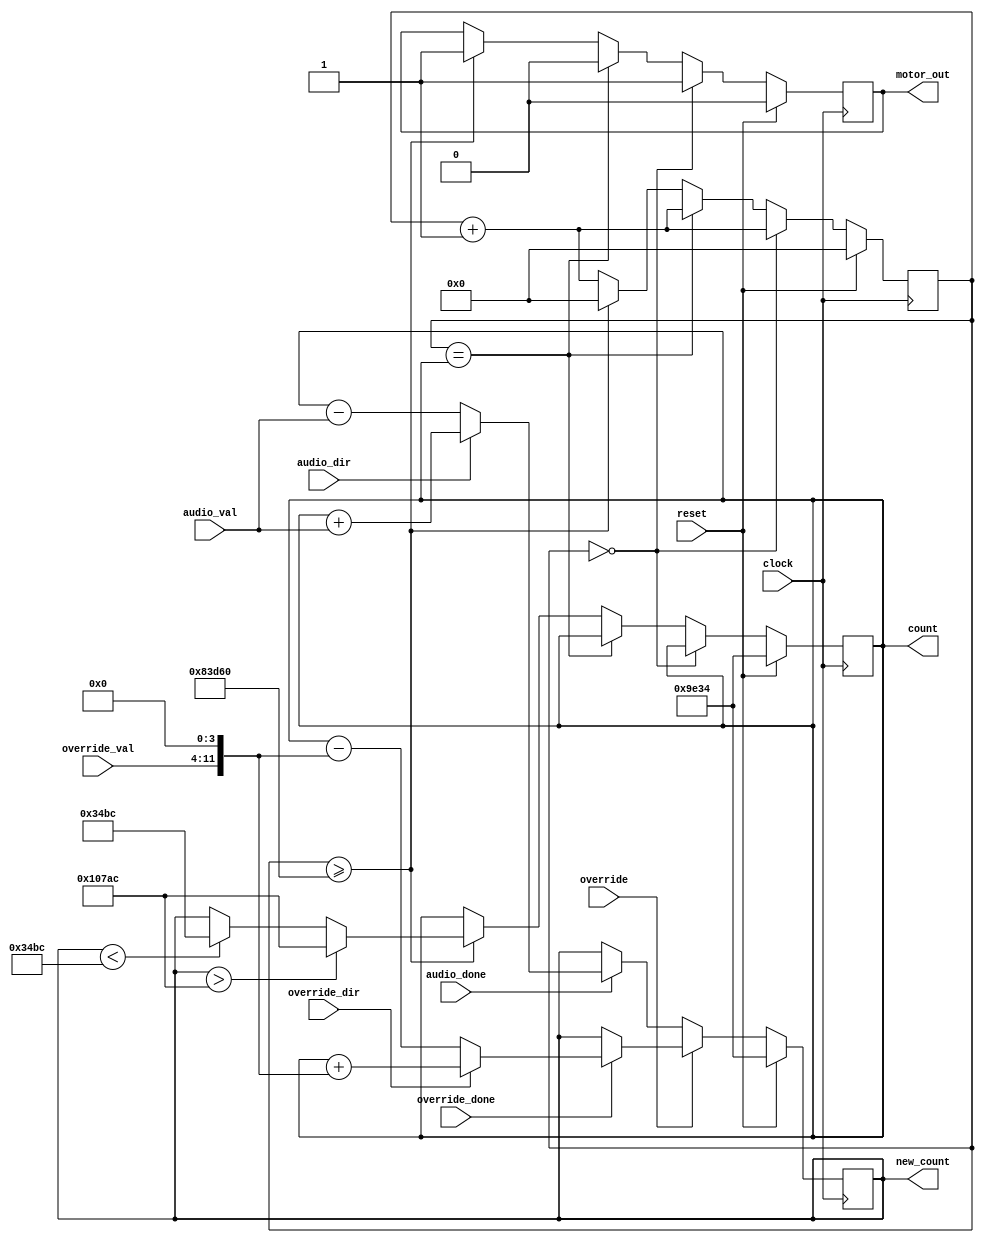
`timescale 1ns / 1ps
//////////////////////////////////////////////////////////////////////////////////
// Company: 
// Engineer: 
// 
// Design Name: 
// Module Name:    servo_interface 
// Project Name: 
// Target Devices: 
// Tool versions: 
// Description: 
//
// Dependencies: 
//
// Revision: 
// Revision 0.01 - File Created
// Additional Comments: 
//
//////////////////////////////////////////////////////////////////////////////////
module servo_interface(
    input clock,//system clock
    input reset,//system reset
    input audio_dir,//input direction from audio control
    input [7:0] audio_val,//input value from audio control
    input audio_done,// done input from audio contorl
    input override_dir,//input direction from override_control
    input [7:0] override_val,//input value from override_control
    input override_done,//done signal from over_ride control
    input override,//override signal (when 1 use data from override, otherwise data from audio)
    output motor_out,//output signal to the servo motor
	 output [16:0] new_count, //new pulse width count for debugging
	 output [16:0] count //old pulse width count for debugging
    );

	//PARAMETERS
	parameter MS20COUNT = 20'd540000; //number of counts needed for the 20ms
	parameter MAXPULSE = 17'd67500; //Largest pulse width count
	parameter MINPULSE = 17'd13500;//smallesr pulse width count
	parameter CENTER = 17'd40500; //pulse width needed to center the servo
	
	//output registers
	reg motor_reg;
	reg [19:0] cycle_count;
	reg [16:0] pulse_count;
	reg [16:0] new_pulse_count;
	
	
	always @(posedge clock) begin
		if(reset) begin//on reset center the camera
			motor_reg <= 0;
			pulse_count <= CENTER;
			cycle_count <= 0;
			new_pulse_count <= CENTER;
		end
		else begin //make the pulse by having the signal be a 1 till the pulse count
			if(cycle_count == 0)begin
				motor_reg <= 1;
				cycle_count <= cycle_count + 1;
				end
			else if(cycle_count == pulse_count) begin
				motor_reg <= 0;
				cycle_count <= cycle_count + 1;
				end
			else if(cycle_count >= MS20COUNT) begin //and then 0 till the full 20ms passes
				cycle_count <= 0;
				motor_reg <= 1;
				if(new_pulse_count > MAXPULSE) pulse_count <= MAXPULSE; //keep pulse size within the set bounds
				else if(new_pulse_count < MINPULSE) pulse_count <= MINPULSE;
				else pulse_count <= new_pulse_count;
				end
			else cycle_count <= cycle_count + 1;
		
			if(override) begin //if override take new pulse count from override signals
				if (override_done) begin
				new_pulse_count <= (override_dir)? pulse_count + (override_val<<4): pulse_count - (override_val<<4);
				end
				else new_pulse_count <= new_pulse_count;
				end
			else if (audio_done)begin //otherwise take new pulse count from audio signals
				new_pulse_count <= (audio_dir)? pulse_count + (audio_val): pulse_count - (audio_val);  
				end
			else new_pulse_count <= new_pulse_count;
		
			
			end

end

//output assignments to registers
assign motor_out = motor_reg;
assign new_count = new_pulse_count;
assign count = pulse_count;

endmodule